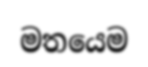
මතයෙම